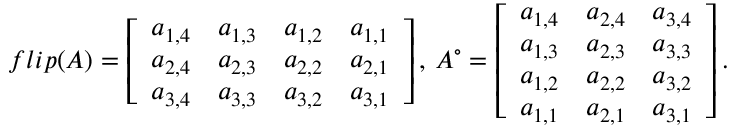
f l i p ( A ) = \left[ \begin{array} { c c c c } { a _ { 1 , 4 } } & { a _ { 1 , 3 } } & { a _ { 1 , 2 } } & { a _ { 1 , 1 } } \\ { a _ { 2 , 4 } } & { a _ { 2 , 3 } } & { a _ { 2 , 2 } } & { a _ { 2 , 1 } } \\ { a _ { 3 , 4 } } & { a _ { 3 , 3 } } & { a _ { 3 , 2 } } & { a _ { 3 , 1 } } \end{array} \right] \mathrm { , ~ } A ^ { \circ } = \left[ \begin{array} { c c c } { a _ { 1 , 4 } } & { a _ { 2 , 4 } } & { a _ { 3 , 4 } } \\ { a _ { 1 , 3 } } & { a _ { 2 , 3 } } & { a _ { 3 , 3 } } \\ { a _ { 1 , 2 } } & { a _ { 2 , 2 } } & { a _ { 3 , 2 } } \\ { a _ { 1 , 1 } } & { a _ { 2 , 1 } } & { a _ { 3 , 1 } } \end{array} \right] .